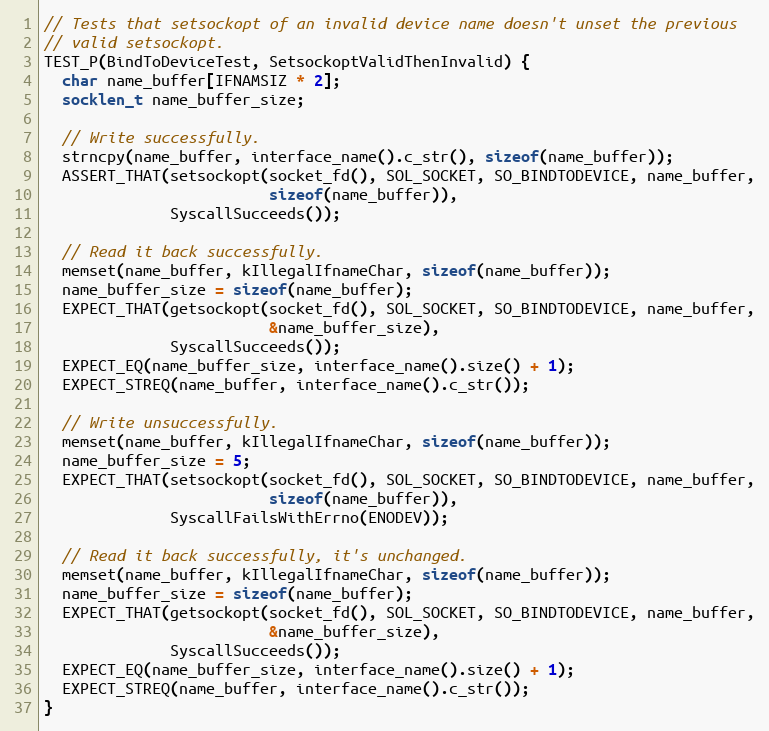
Language: C++
// Tests that setsockopt of an invalid device name doesn't unset the previous
// valid setsockopt.
TEST_P(BindToDeviceTest, SetsockoptValidThenInvalid) {
  char name_buffer[IFNAMSIZ * 2];
  socklen_t name_buffer_size;

  // Write successfully.
  strncpy(name_buffer, interface_name().c_str(), sizeof(name_buffer));
  ASSERT_THAT(setsockopt(socket_fd(), SOL_SOCKET, SO_BINDTODEVICE, name_buffer,
                         sizeof(name_buffer)),
              SyscallSucceeds());

  // Read it back successfully.
  memset(name_buffer, kIllegalIfnameChar, sizeof(name_buffer));
  name_buffer_size = sizeof(name_buffer);
  EXPECT_THAT(getsockopt(socket_fd(), SOL_SOCKET, SO_BINDTODEVICE, name_buffer,
                         &name_buffer_size),
              SyscallSucceeds());
  EXPECT_EQ(name_buffer_size, interface_name().size() + 1);
  EXPECT_STREQ(name_buffer, interface_name().c_str());

  // Write unsuccessfully.
  memset(name_buffer, kIllegalIfnameChar, sizeof(name_buffer));
  name_buffer_size = 5;
  EXPECT_THAT(setsockopt(socket_fd(), SOL_SOCKET, SO_BINDTODEVICE, name_buffer,
                         sizeof(name_buffer)),
              SyscallFailsWithErrno(ENODEV));

  // Read it back successfully, it's unchanged.
  memset(name_buffer, kIllegalIfnameChar, sizeof(name_buffer));
  name_buffer_size = sizeof(name_buffer);
  EXPECT_THAT(getsockopt(socket_fd(), SOL_SOCKET, SO_BINDTODEVICE, name_buffer,
                         &name_buffer_size),
              SyscallSucceeds());
  EXPECT_EQ(name_buffer_size, interface_name().size() + 1);
  EXPECT_STREQ(name_buffer, interface_name().c_str());
}